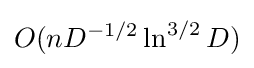
O(nD^{-1/2}\ln ^{3/2}D)